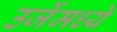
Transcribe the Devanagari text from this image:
उर्जेमध्ये